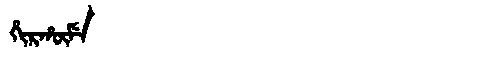
Manchu: ᡥᡳᡵᡥᡡᠮᡝ
Romanization: HIRHŪME